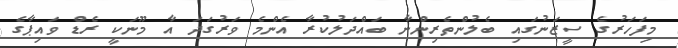
މިފަހަރުގެ ސީޒަނުގައި ބެލުންތެރިންނާ ބައްދަލުކުރާ އެންމެ ވަރުގަދަ އާ މޫނަކީ ރެޑް ވައިޕާގެ